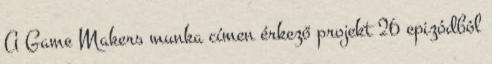
A Game Makers munka címen érkező projekt 26 epizódból